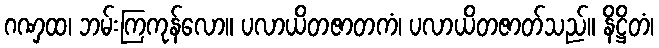
ဂဏှထ၊ ဘမ်းကြကုန်လော။ ပလာယိတဇာတကံ၊ ပလာယိတဇာတ်သည်။ နိဋ္ဌိတံ၊